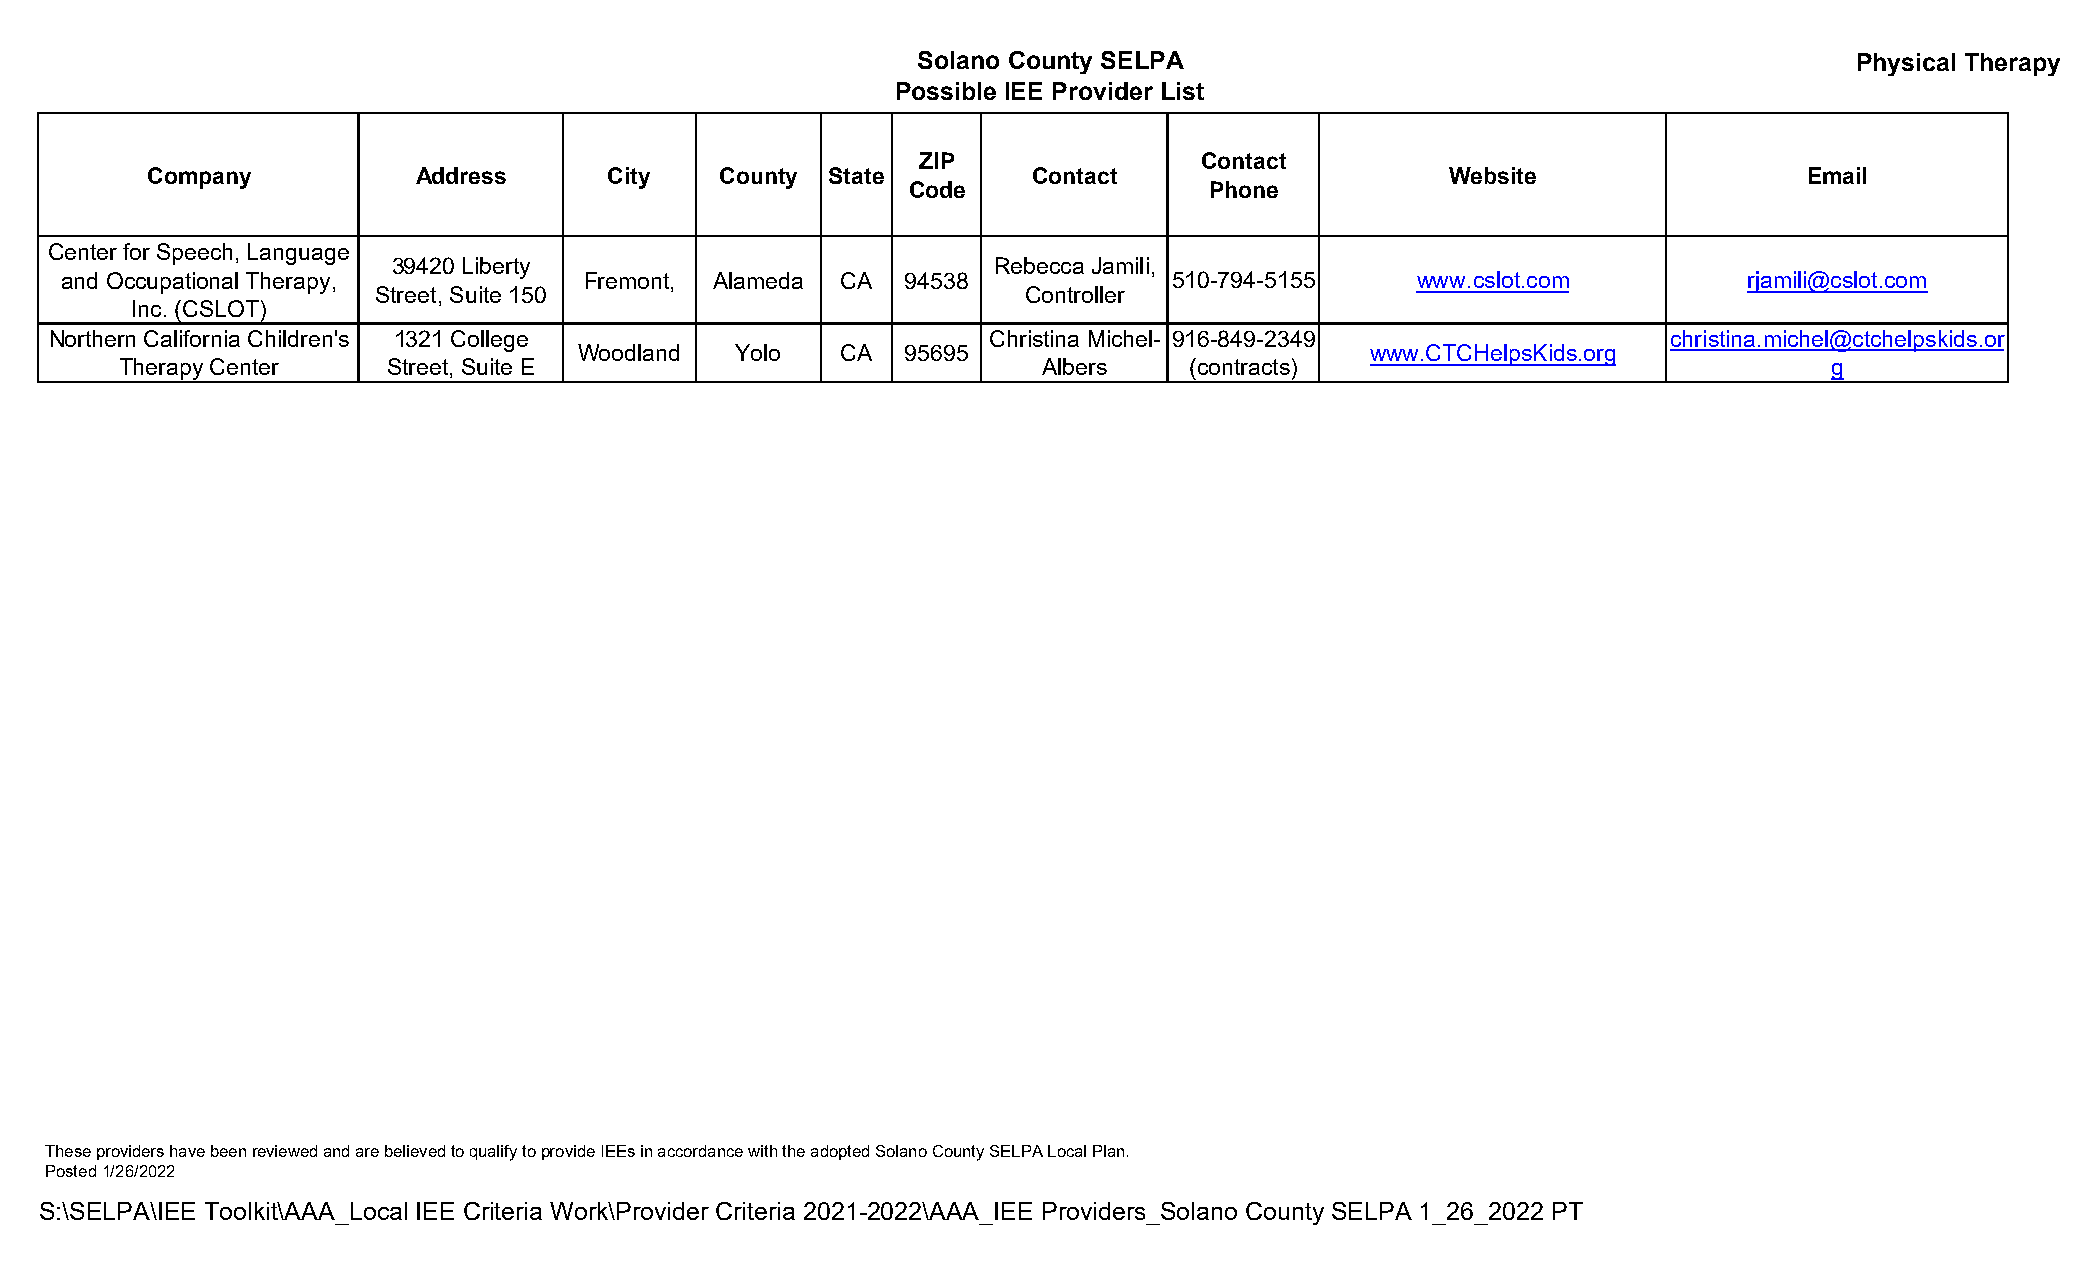
Solano County SELPA                                           Physical Therapy
 Possible IEE Provider List
 ZIP                Contact
 Company           Address     City    County State        Contact                     Website                 Email
 Code                Phone
 Center for Speech, Language
 39420 Liberty                           Rebecca Jamili,
 and Occupational Therapy,          Fremont, Alameda CA  94538             510-794-5155    www.cslot.com         rjamili@cslot.com
 Street, Suite 150                          Controller
 Inc. (CSLOT)
 Northern California Children's 1321 College                    Christina Michel- 916-849-2349               christina.michel@ctchelpskids.or
 Woodland   Yolo   CA  95695                          www.CTCHelpsKids.org
 Therapy Center    Street, Suite E                            Albers    (contracts)                               g
 These providers have been reviewed and are believed to qualify to provide IEEs in accordance with the adopted Solano County SELPA Local Plan.
 Posted 1/26/2022
 S:\SELPA\IEE Toolkit\AAA_Local IEE Criteria Work\Provider Criteria 2021-2022\AAA_IEE Providers_Solano County SELPA 1_26_2022 PT